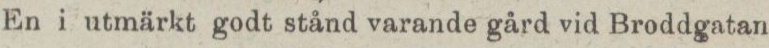
En i utmärkt godt stånd varande gård vid Broddgatan.